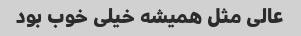
عالی مثل همیشه خیلی خوب بود